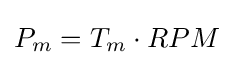
P_{m}=T_{m}\cdot RPM